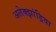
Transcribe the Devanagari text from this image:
अलेक्‍झांड्रिया